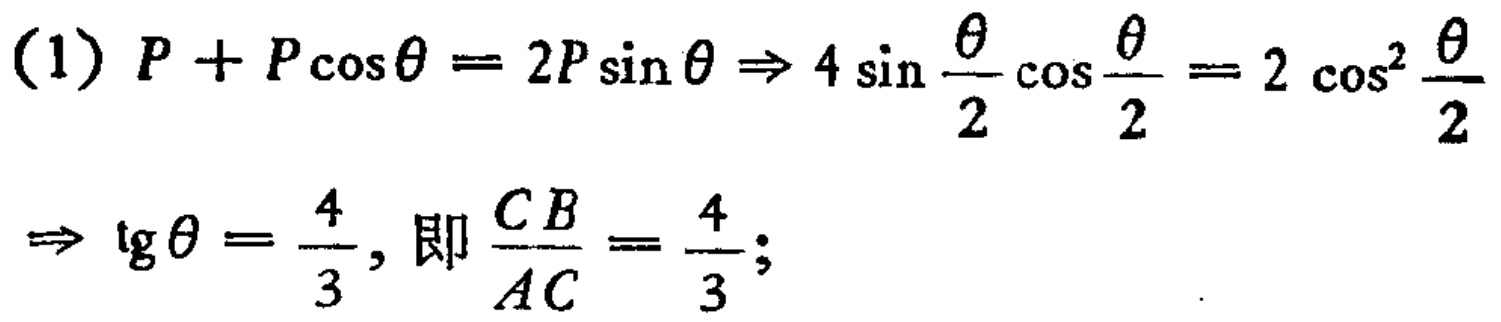
(1) \(P + P\cos\theta = 2P\sin\theta\Rightarrow 4\sin\frac{\theta}{2}\cos\frac{\theta}{2}=2\cos^{2}\frac{\theta}{2}\Rightarrow \text{tg}\theta=\frac{4}{3},\text{即}\frac{CB}{AC}=\frac{4}{3};\)